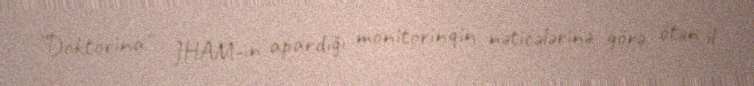
”Doktorina" JHAM-ın apardığı monitorinqin nəticələrinə görə, ötən il